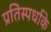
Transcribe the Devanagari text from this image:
प्रतिस्पर्धाके